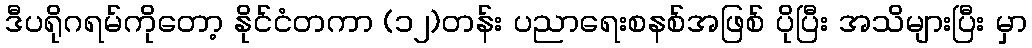
ဒီပရိုဂရမ်ကိုတော့ နိုင်ငံတကာ (၁၂)တန်း ပညာရေးစနစ်အဖြစ် ပိုပြီး အသိများပြီး မှာ